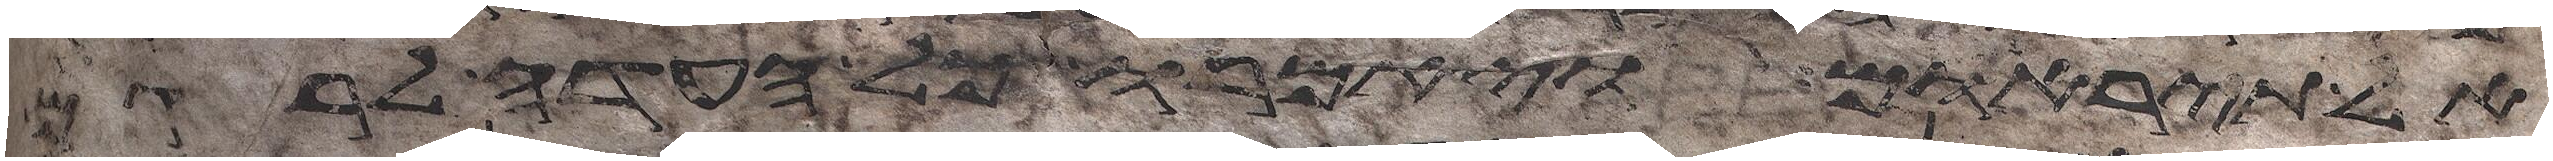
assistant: אל תיראום ויאמרו כל העדה לרגם